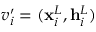
v _ { i } ^ { \prime } = ( \mathbf { x } _ { i } ^ { L } , \mathbf { h } _ { i } ^ { L } )